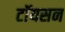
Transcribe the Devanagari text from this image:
टॉयसन